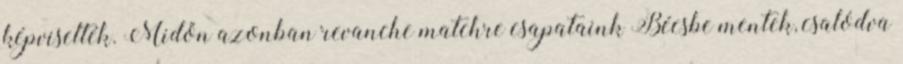
képviselték. Midőn azonban revanche matchre csapataink Bécsbe mentek, csalódva